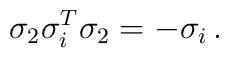
\sigma_2 \sigma_i^T \sigma_2 = -\sigma_i \, .